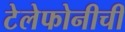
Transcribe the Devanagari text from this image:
टेलेफोनीची